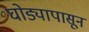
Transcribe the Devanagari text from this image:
घोड्यापासून